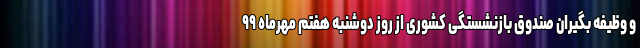
و وظیفه بگیران صندوق بازنشستگی کشوری از روز دوشنبه هفتم مهرماه ۹۹